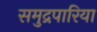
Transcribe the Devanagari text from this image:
समुद्रपारिया